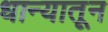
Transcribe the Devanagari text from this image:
धान्यातून